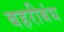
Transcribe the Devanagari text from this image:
बहरीबंध